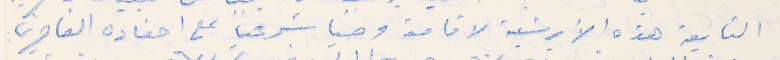
التابعة هذه الأبرشية لاقامة وصيًا شرعياً على احفاده القاصرين